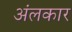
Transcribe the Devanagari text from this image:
अंलकार